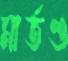
মার্তণ্ড